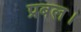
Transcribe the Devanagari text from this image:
प्रबल।